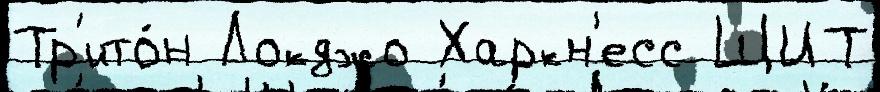
Тр'ито́н Локджо Харкн'есс ЩИТ